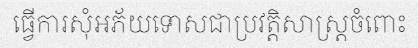
ធ្វើការសុំអភ័យទោសជាប្រវត្តិសាស្ត្រចំពោះ